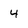
Character: 4